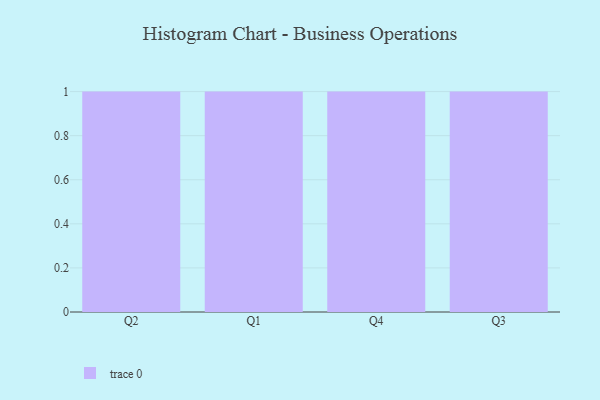
{"axis": {"x": "Quarter", "y": "Website Visitors"}, "legend": [""], "data": [{"x": "Q2", "y": 5, "type": ""}, {"x": "Q1", "y": 31, "type": ""}, {"x": "Q4", "y": 17, "type": ""}, {"x": "Q3", "y": 30, "type": ""}]}